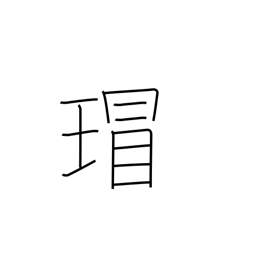
Meaning: ancient Chinese imperial jewels